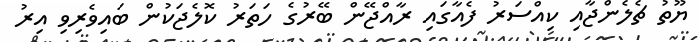
ޔޫތު ޗެލެންޖާއި ކިއްސަރު ފެއާގައި ރާއްޖޭން ބޭރުގެ ހަތަރު ކޮލެޖަކުން ބައިވެރިވި އިރު